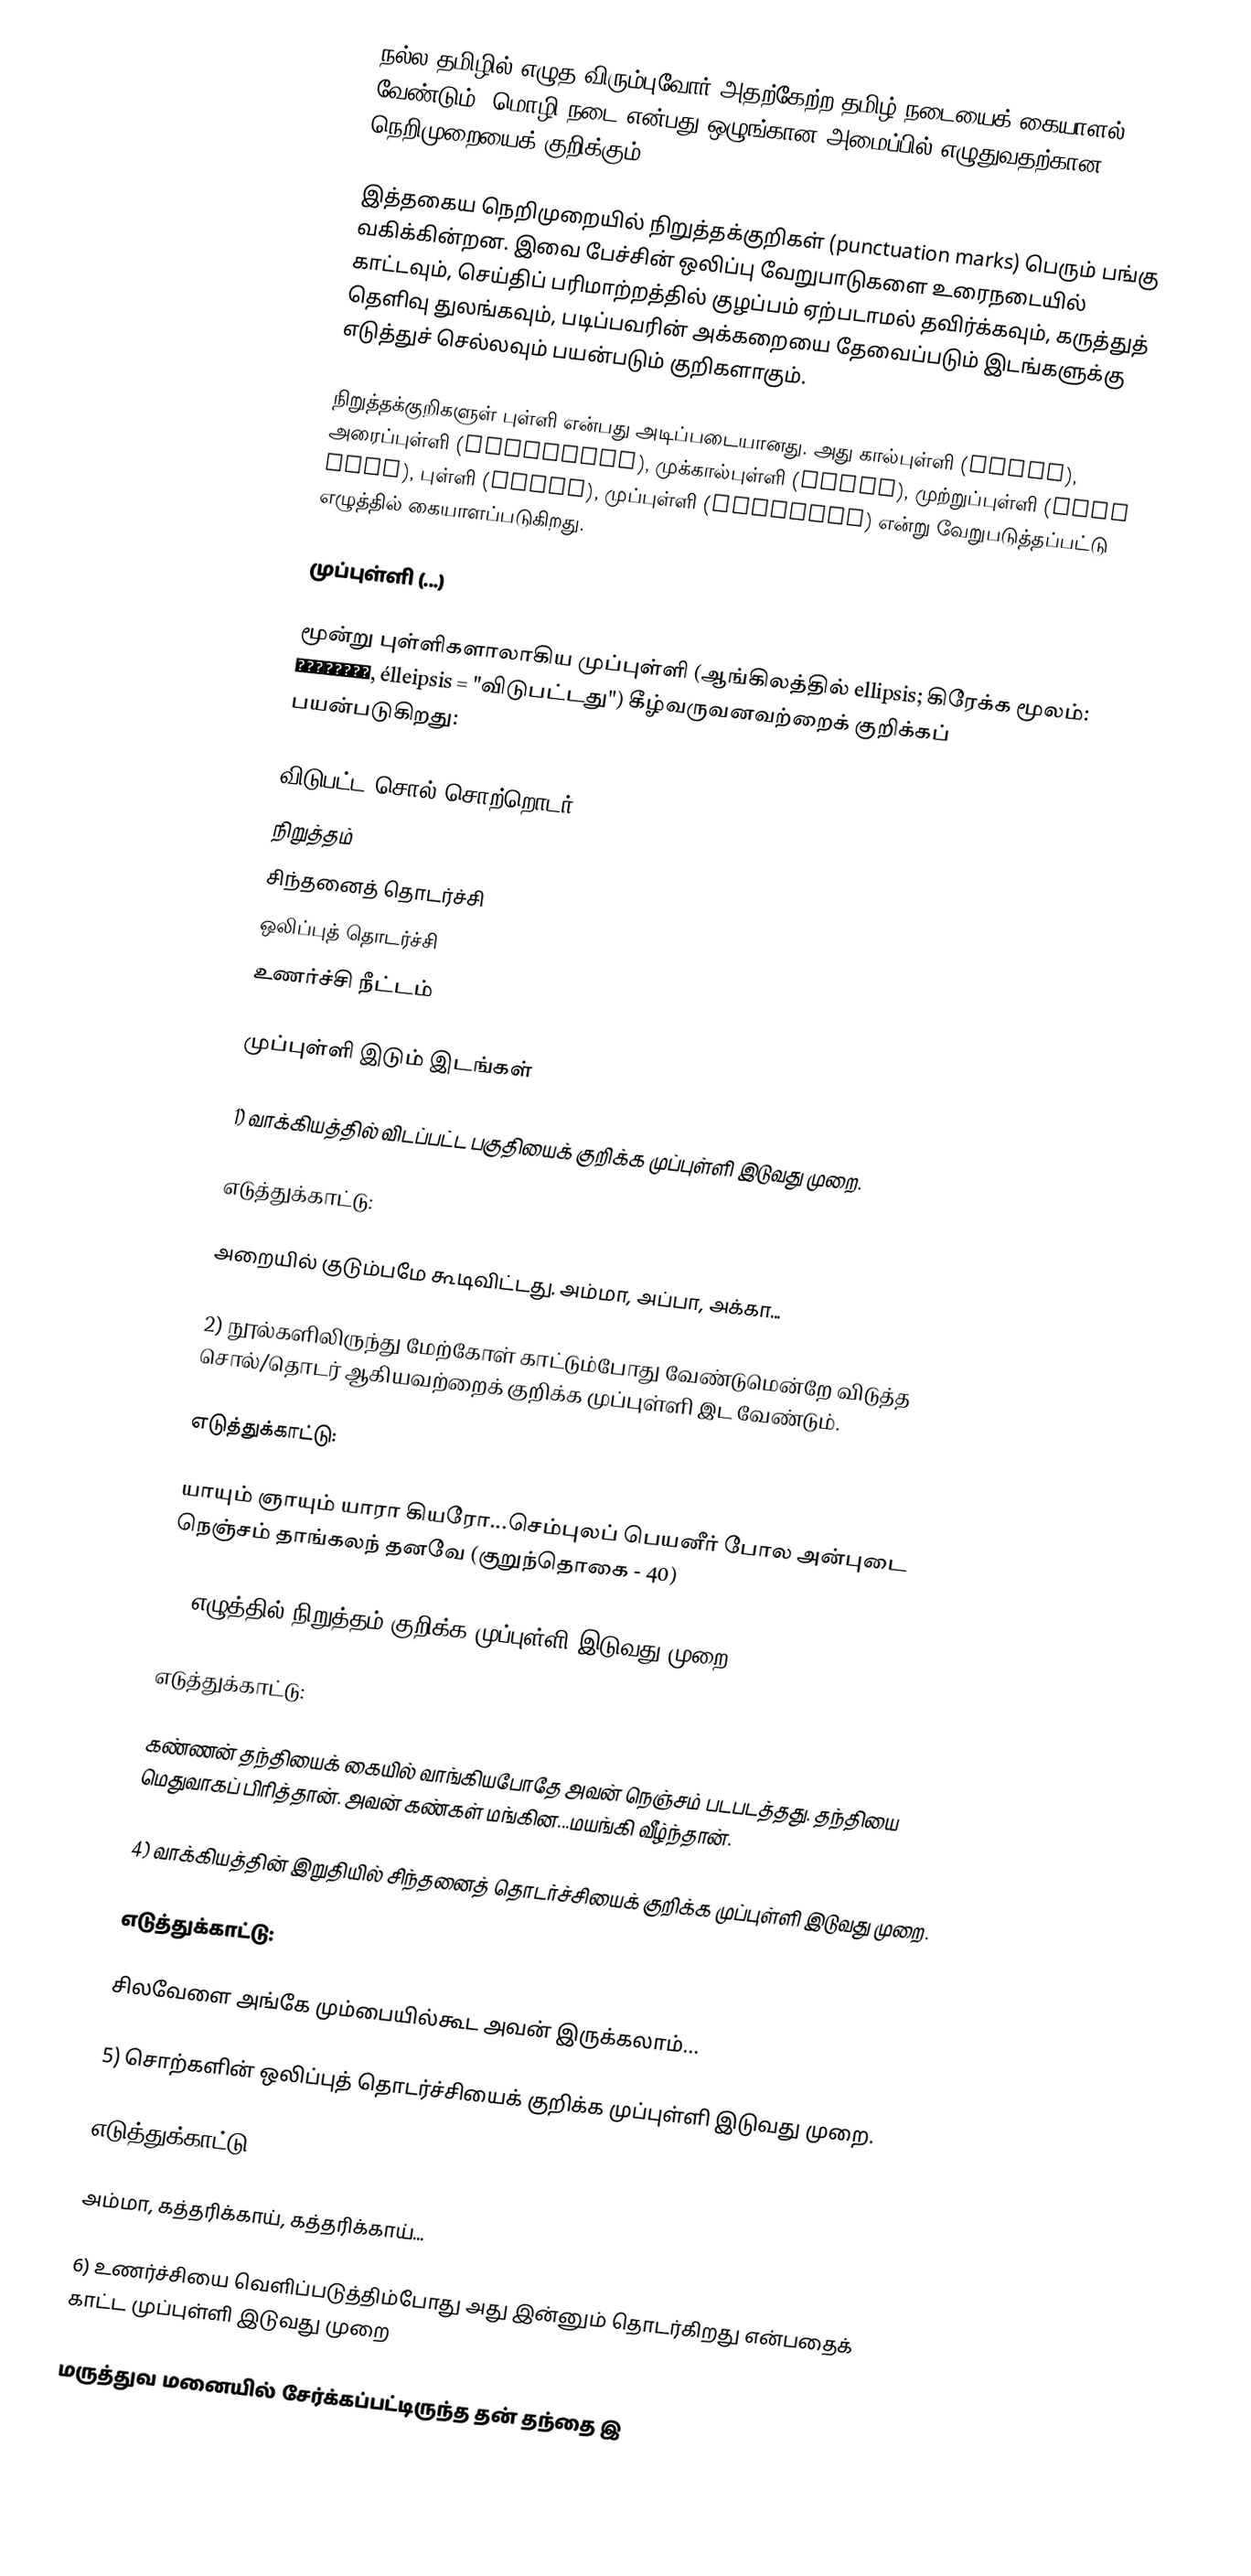
நல்ல தமிழில் எழுத விரும்புவோர் அதற்கேற்ற தமிழ் நடையைக் கையாளல் வேண்டும். மொழி நடை என்பது ஒழுங்கான அமைப்பில் எழுதுவதற்கான நெறிமுறையைக் குறிக்கும்.

இத்தகைய நெறிமுறையில்  நிறுத்தக்குறிகள் (punctuation marks) பெரும் பங்கு வகிக்கின்றன. இவை பேச்சின் ஒலிப்பு வேறுபாடுகளை உரைநடையில் காட்டவும், செய்திப் பரிமாற்றத்தில் குழப்பம் ஏற்படாமல் தவிர்க்கவும், கருத்துத் தெளிவு துலங்கவும், படிப்பவரின் அக்கறையை தேவைப்படும் இடங்களுக்கு எடுத்துச் செல்லவும் பயன்படும் குறிகளாகும்.

நிறுத்தக்குறிகளுள் புள்ளி என்பது அடிப்படையானது. அது கால்புள்ளி (comma), அரைப்புள்ளி (semicolon), முக்கால்புள்ளி (colon), முற்றுப்புள்ளி (full stop), புள்ளி (point), முப்புள்ளி (ellipsis)  என்று வேறுபடுத்தப்பட்டு எழுத்தில் கையாளப்படுகிறது.

முப்புள்ளி (...)

மூன்று புள்ளிகளாலாகிய முப்புள்ளி (ஆங்கிலத்தில் ellipsis; கிரேக்க மூலம்: ἔλλειψις, élleipsis = "விடுபட்டது") கீழ்வருவனவற்றைக் குறிக்கப் பயன்படுகிறது:

 விடுபட்ட சொல்/சொற்றொடர்
 நிறுத்தம்
 சிந்தனைத் தொடர்ச்சி
 ஒலிப்புத் தொடர்ச்சி
 உணர்ச்சி நீட்டம்

முப்புள்ளி இடும் இடங்கள்

1) வாக்கியத்தில் விடப்பட்ட பகுதியைக் குறிக்க முப்புள்ளி இடுவது முறை.

எடுத்துக்காட்டு:

அறையில் குடும்பமே கூடிவிட்டது. அம்மா, அப்பா, அக்கா...

2) நூல்களிலிருந்து மேற்கோள் காட்டும்போது வேண்டுமென்றே விடுத்த சொல்/தொடர் ஆகியவற்றைக் குறிக்க முப்புள்ளி இட வேண்டும்.

எடுத்துக்காட்டு:

யாயும் ஞாயும் யாரா கியரோ...செம்புலப் பெயனீர் போல அன்புடை நெஞ்சம் தாங்கலந் தனவே (குறுந்தொகை - 40)

3) எழுத்தில் நிறுத்தம் குறிக்க முப்புள்ளி இடுவது முறை.

எடுத்துக்காட்டு:

கண்ணன் தந்தியைக் கையில் வாங்கியபோதே அவன் நெஞ்சம் படபடத்தது. தந்தியை மெதுவாகப் பிரித்தான். அவன் கண்கள் மங்கின...மயங்கி வீழ்ந்தான்.

4) வாக்கியத்தின் இறுதியில் சிந்தனைத் தொடர்ச்சியைக் குறிக்க முப்புள்ளி இடுவது முறை.

எடுத்துக்காட்டு:

சிலவேளை அங்கே மும்பையில்கூட அவன் இருக்கலாம்...

5) சொற்களின் ஒலிப்புத் தொடர்ச்சியைக் குறிக்க முப்புள்ளி இடுவது முறை.

எடுத்துக்காட்டு:

அம்மா, கத்தரிக்காய், கத்தரிக்காய்...

6) உணர்ச்சியை வெளிப்படுத்திம்போது அது இன்னும் தொடர்கிறது என்பதைக் காட்ட முப்புள்ளி இடுவது முறை

மருத்துவ மனையில் சேர்க்கப்பட்டிருந்த தன் தந்தை இ